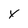
Character: x